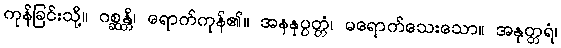
ကုန်ခြင်းသို့။ ဂစ္ဆန္တိ၊ ရောက်ကုန်၏။ အနနုပ္ပတ္တံ၊ မရောက်သေးသော။ အနုတ္တရံ၊